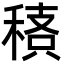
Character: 䅩